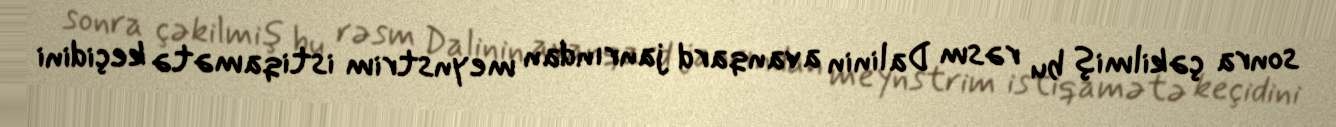
sonra çəkilmiş bu rəsm Dalinin avanqard janrından meynstrim istiqamətə keçidini